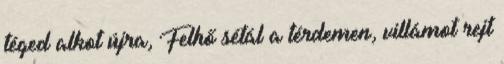
téged alkot újra, Felhő sétál a térdemen, villámot rejt